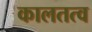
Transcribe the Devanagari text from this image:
कालतत्व